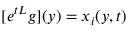
[ e ^ { t { \cal L } } g ] ( y ) = x _ { i } ( y , t )